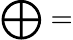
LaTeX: \bigoplus=